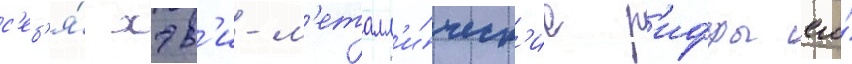
с'еб'я́ хэв'и-м'еталл'и́ческ'ие р'иффы его́